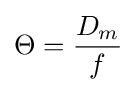
\Theta ={\frac {D_{m}}{f}}